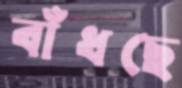
বাঁধছে